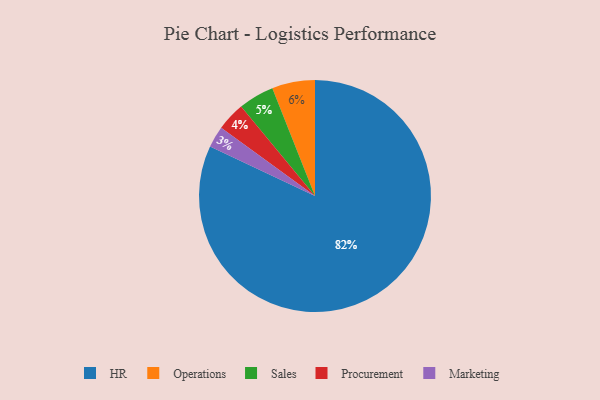
{"axis": {"x": "Category", "y": "Percentage"}, "legend": ["HR", "Marketing", "Operations", "Procurement", "Sales"], "data": [{"x": "Procurement", "y": 4, "type": "Procurement"}, {"x": "Sales", "y": 5, "type": "Sales"}, {"x": "Marketing", "y": 3, "type": "Marketing"}, {"x": "Operations", "y": 6, "type": "Operations"}, {"x": "HR", "y": 82, "type": "HR"}]}